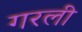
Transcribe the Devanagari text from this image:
गरली